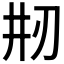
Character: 𠛝